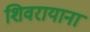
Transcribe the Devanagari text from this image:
शिवरायाना